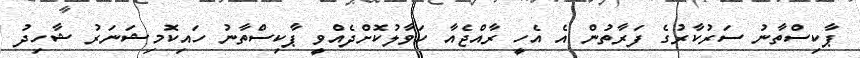
ޕާކިސްތާނު ސަރުކާރުގެ ފަރާތުން އެ އެހީ ރާއްޖެއާ ހަވާލުކޮށްދެއްވީ ޕާކިސްތާނު ހައިކޮމިޝަނަރު ޝާހިދު